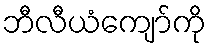
ဘီလီယံကျော်ကို